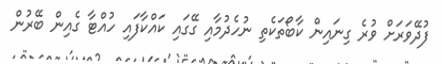
ފުދޭވަރަށް ވުރެ ގިނައިން ކާބޯތަކެތި ނުހެދުމާއި ގޭގައި ކައްކާފައި ހުއްޓާ ގެއިން ބޭރުން